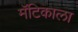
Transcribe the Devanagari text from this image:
मॅटिकाला